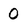
Character: 0